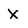
Character: x